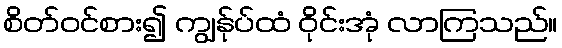
စိတ်ဝင်စား၍ ကျွန်ုပ်ထံ ဝိုင်းအုံ လာကြသည်။